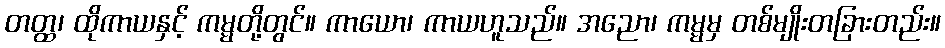
တတ္ထ၊ ထိုကာယနှင့် ကမ္မတို့တွင်။ ကာယော၊ ကာယဟူသည်။ အညော၊ ကမ္မမှ တစ်မျိုးတခြားတည်း။